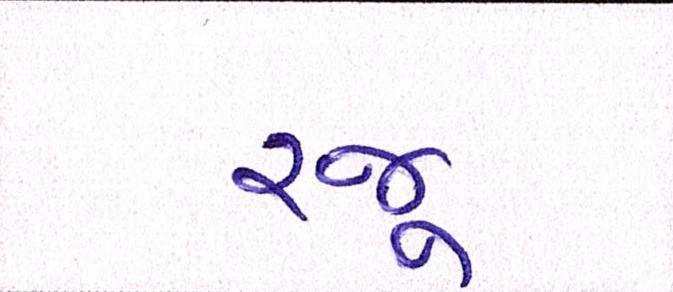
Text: રજૂ